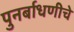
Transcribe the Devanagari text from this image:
पुनर्बाधणीचे